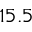
1 5 . 5